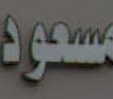
مسعود